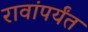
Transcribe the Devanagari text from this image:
रावांपर्यंत